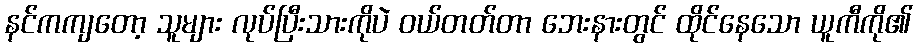
နင်ကကျတော့ သူများ လုပ်ပြီးသားကိုပဲ ဝယ်တတ်တာ ဘေးနားတွင် ထိုင်နေသော ယူကီကို၏